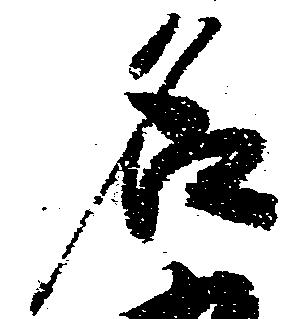
名